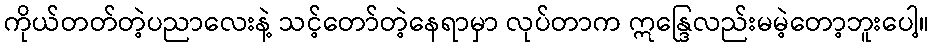
ကိုယ်တတ်တဲ့ပညာလေးနဲ့ သင့်တော်တဲ့နေရာမှာ လုပ်တာက ဣန္ဒြေလည်းမမဲ့တော့ဘူးပေါ့။